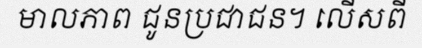
មាលភាព ជូនប្រជាជន។ លើសពី